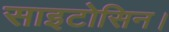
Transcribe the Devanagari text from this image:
साइटोसिन।